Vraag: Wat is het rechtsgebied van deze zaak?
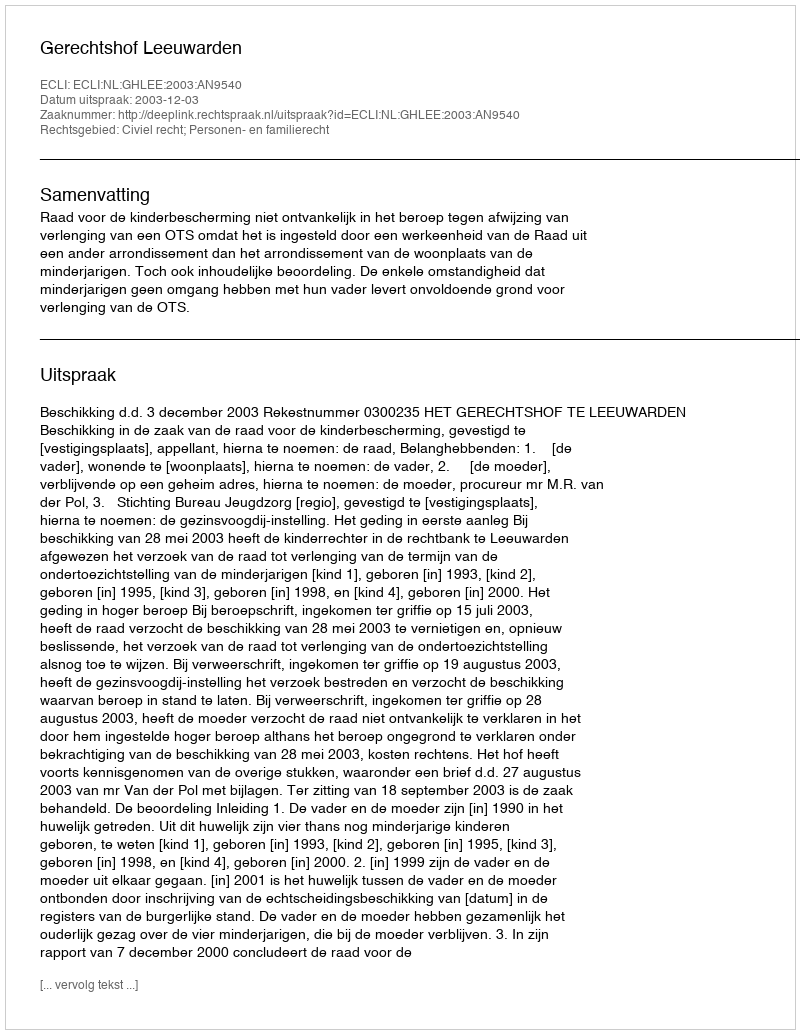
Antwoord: Civiel recht; Personen- en familierecht